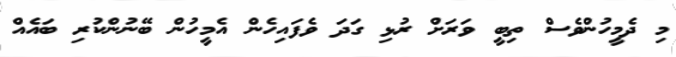
މި ދެމީހުންވެސް ތިބީ ވަރަށް ރުޅި ގަދަ ވެފައިހެން އެމީހުން ބޭނުންކުރި ބައެއް